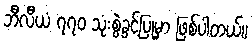
ဘီလီယံ ၇၇၀ သုံးစွဲခွင့်ပြုမှာ ဖြစ်ပါတယ်။